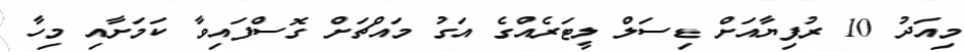
މިއަދު 10 ރުފިޔާއަށް ޑިސަލް ލީޓަރެއްގެ އަގު މައްޗަށް ގޮސްފައިވާ ކަމަށާއި މިހާ